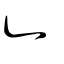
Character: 辵